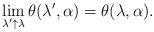
LaTeX: \begin{align*} \lim_{\lambda'\uparrow \lambda} \theta(\lambda',\alpha)=\theta(\lambda,\alpha).\end{align*}